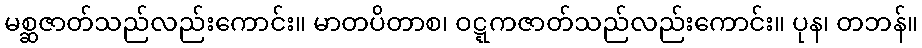
မစ္ဆဇာတ်သည်လည်းကောင်း။ မာတပိတာစ၊ ဝဋ္ဋကဇာတ်သည်လည်းကောင်း။ ပုန၊ တဘန်။